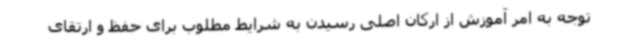
توجه به امر آموزش از ارکان اصلی رسیدن به شرایط مطلوب برای حفظ و ارتقای